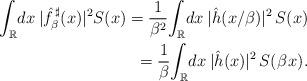
LaTeX: \begin{align*} \int_{\mathbb{R}}\!dx\:\lvert \hat{f}^{\,\sharp}_\beta(x)\rvert^2 S(x)=\frac{1}{\beta^2}\!\int_{\mathbb{R}}\!dx\:\lvert\hat{h}(x/\beta)\rvert^2\,S(x)\\ =\frac{1}{\beta}\!\int_{\mathbb{R}}\!dx\:\lvert\hat{h}(x)\rvert^2\,S(\beta \mspace{1.5mu}x). \end{align*}